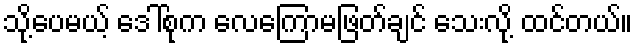
သို့ပေမယ့် ဒေါ်စုက လေကြောမဖြတ်ချင် သေးလို့ ထင်တယ်။